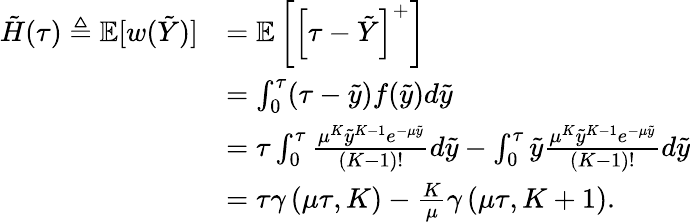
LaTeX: \begin{array}{rl}{\tilde{H}(\tau)\triangleq\mathbb{E}[w(\tilde{Y})]}&{=\mathbb{E}\left[\left[\tau-\tilde{Y}\right]^{+}\right]}\\ &{=\int_{0}^{\tau}(\tau-\tilde{y})f(\tilde{y})d\tilde{y}}\\ &{=\tau\int_{0}^{\tau}\frac{\mu^{K}\tilde{y}^{K-1}e^{-\mu\tilde{y}}}{(K-1)!}d\tilde{y}-\int_{0}^{\tau}\tilde{y}\frac{\mu^{K}\tilde{y}^{K-1}e^{-\mu\tilde{y}}}{(K-1)!}d\tilde{y}}\\ &{=\tau\gamma\left(\mu\tau,K\right)-\frac{K}{\mu}\gamma\left(\mu\tau,K+1\right).}\end{array}